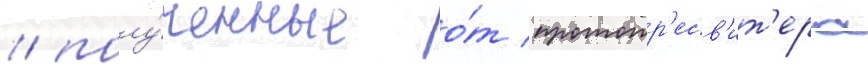
/ полу́ченные о́т протопр'есв'ит'ера